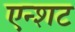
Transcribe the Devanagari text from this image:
एन्शट